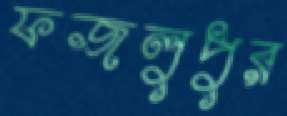
ফজলুপুর